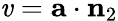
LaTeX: \mathit{v}=\mathbf{{a}}\cdot\mathbf{{n}}_{2}